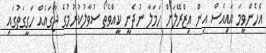
އެހެންވީމަ އައިއެސް އިން އިޒްރޭލަށް ހަމަލާ ނުދެނީ ކީއްވެތޯ ސުވާލުކުރުމުގެ ޖާގައެއް ހަގީގަތުގައި